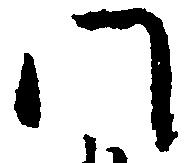
門